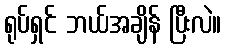
ရုပ်ရှင် ဘယ်အချိန် ပြီးလဲ။